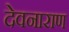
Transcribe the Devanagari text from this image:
देवनाराण